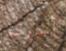
أخرى